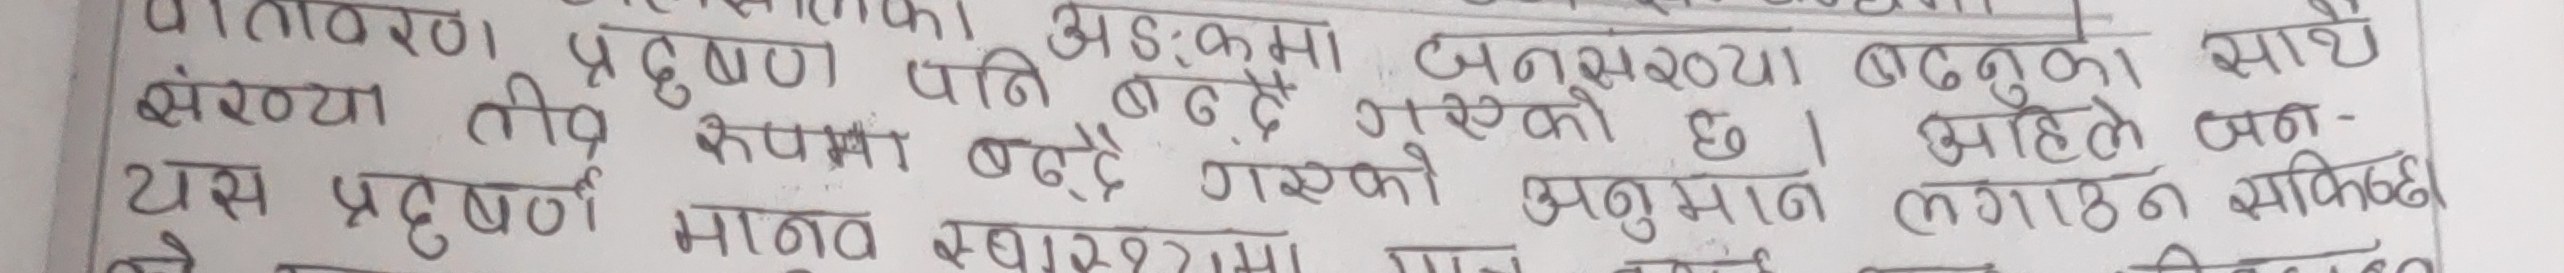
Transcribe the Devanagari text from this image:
वातावरण प्रदूषण पनि बढ्दै गएको छ। जनसंख्या बढ्नुका साथै
संख्या तीव्र रूपमा बढ्दै गएको अनुमान लगाउन सकिन्छ। अहिले पनि-
यस प्रदूषण मानव स्वास्थ्यमा पनि नराम्रो प्रभाव